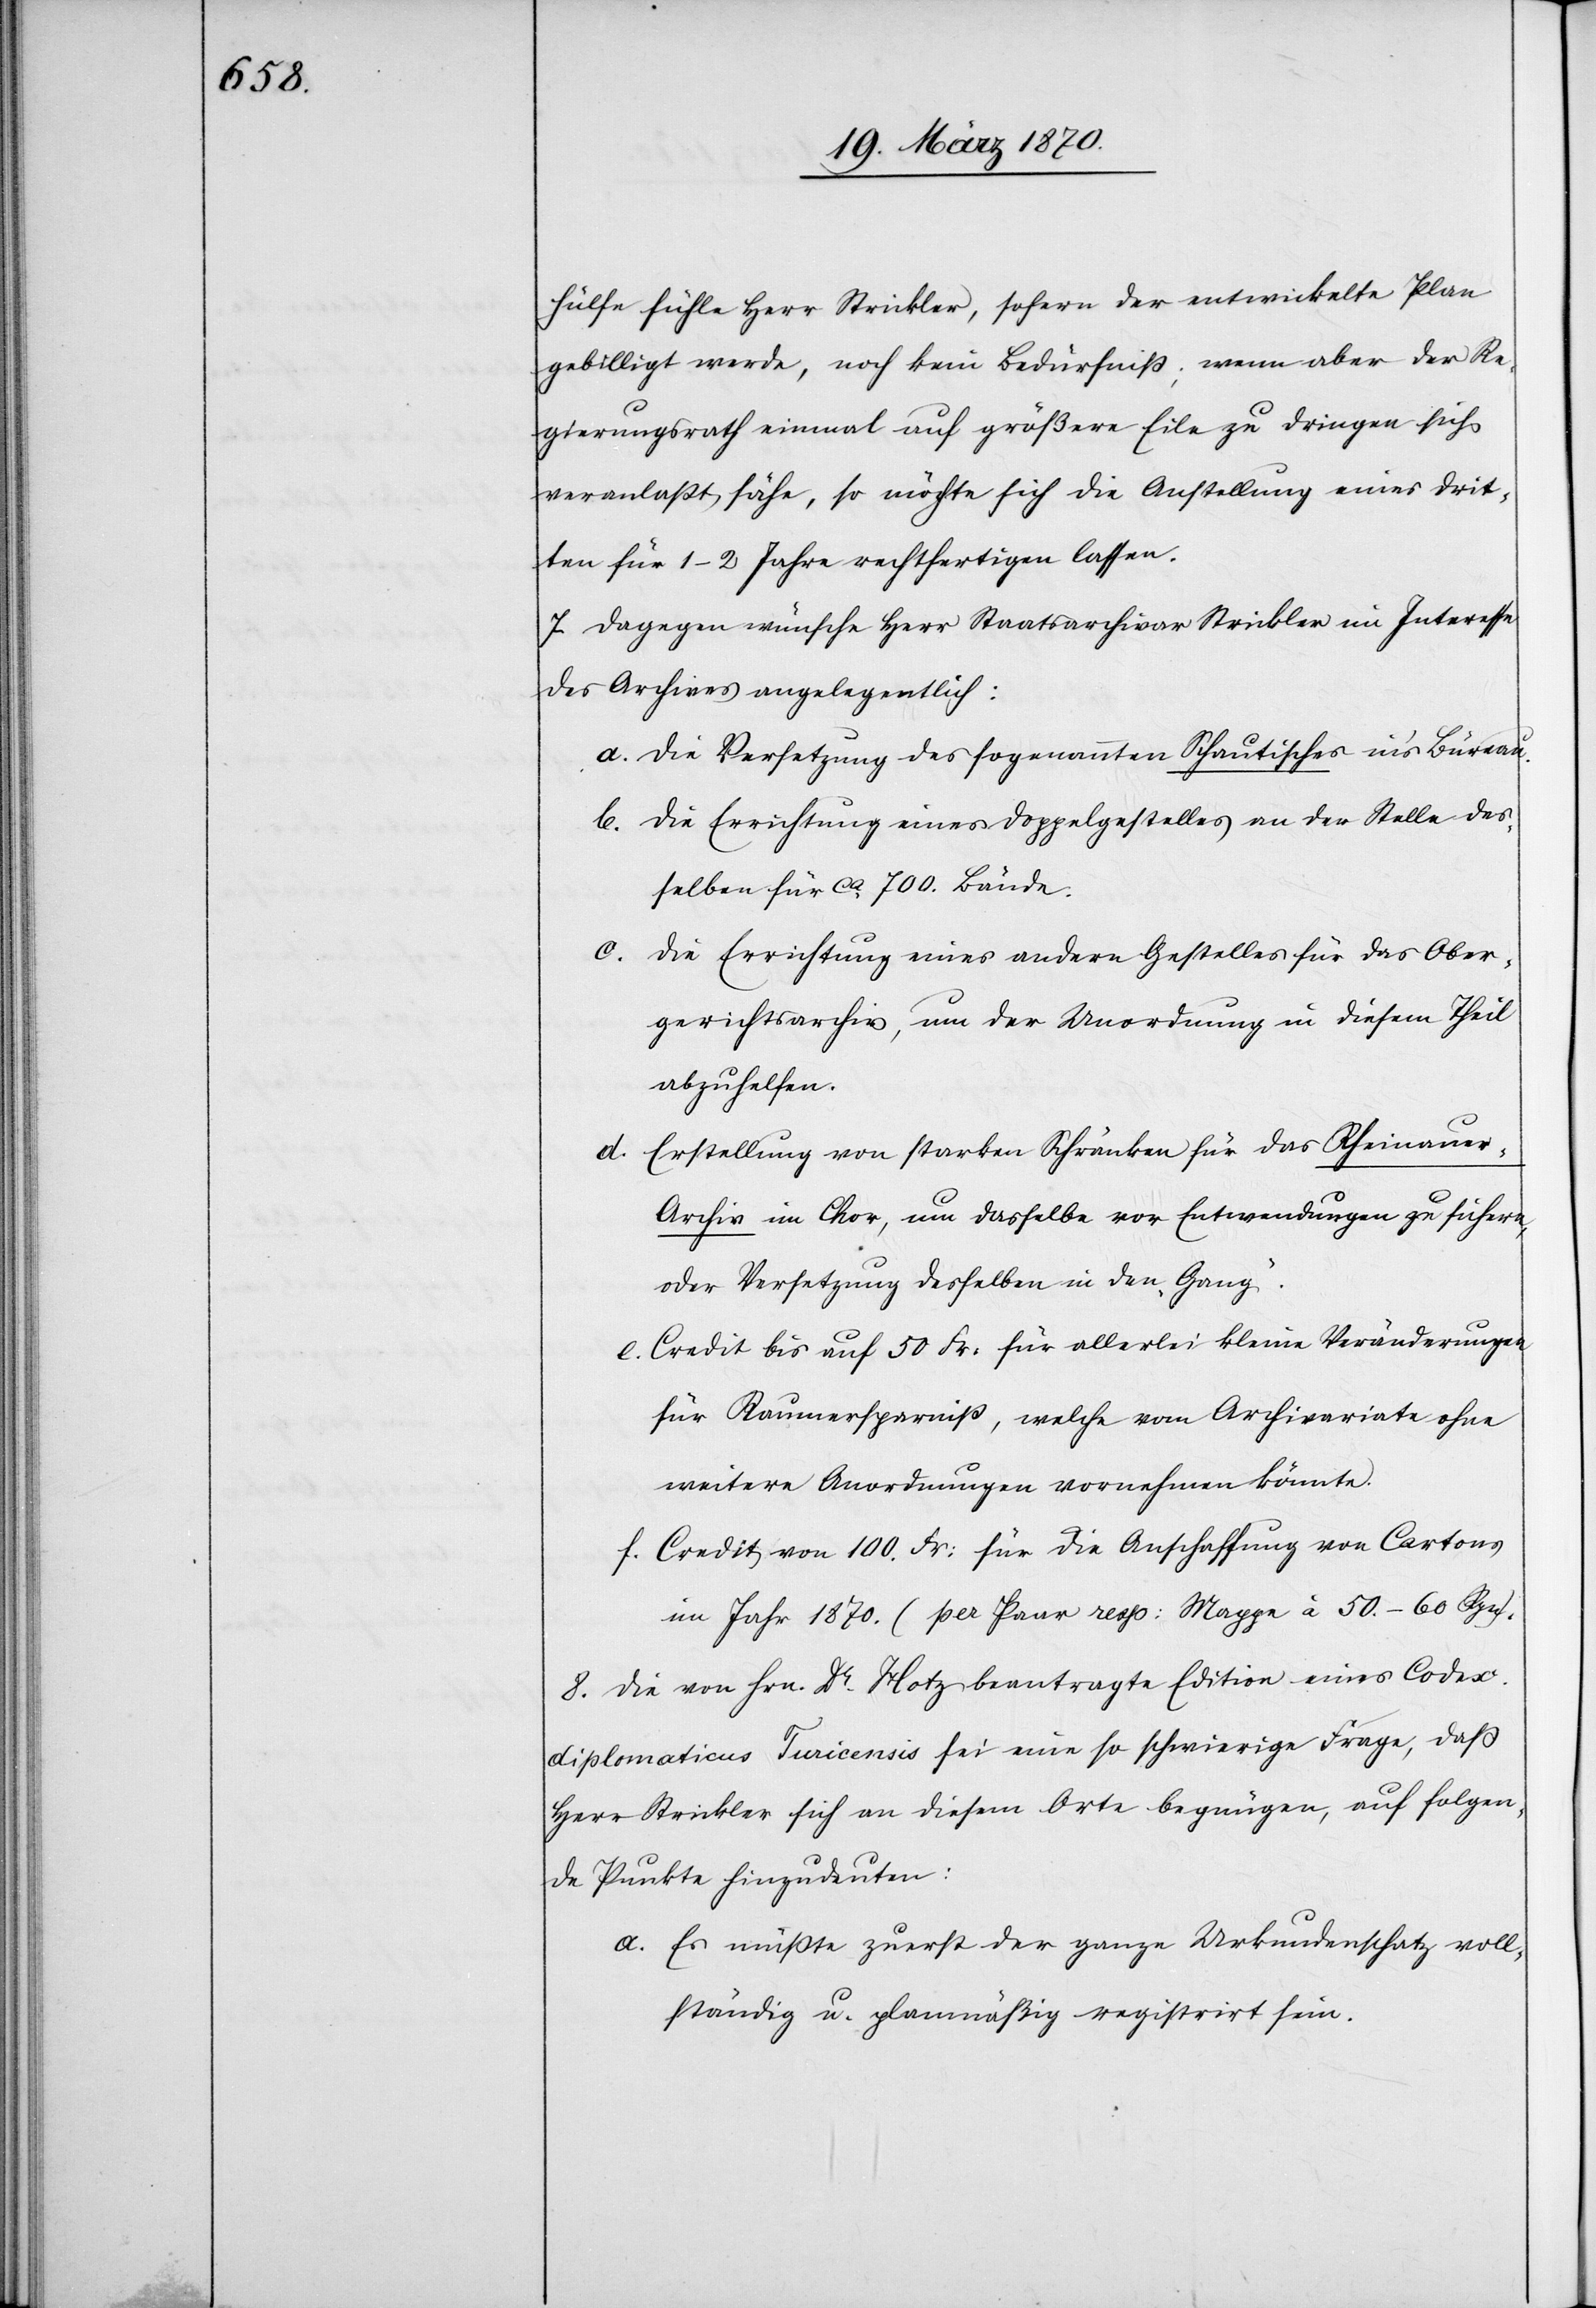
hülfe fühle Herr Strickler, sofern der entwickelte Plan
gebilligt werde, noch kein Bedürfniß; wenn aber der Re¬
gierungsrath einmal auf größere Eile zu dringen sich
veranlaßt sähe, so möchte sich die Anstellung eines Drit¬
ten für 1–2 Jahre rechtfertigen lassen.
7. Dagegen wünsche Herr Staatsarchivar Strickler im Interesse
des Archives angelegentlich:
a. Die Versetzung des sogenannten Schautisches in’s Büreau.
b. Die Errichtung eines Doppelgestelles an der Stelle des¬
selben für ca. 700. Bände.
c.
Die Errichtung eines andern Gestelles für das Ober¬
gerichtsarchiv, um der Unordnung in diesem Theil
abzuhelfen.
d. Erstellung von starken Schränken für das Rheinaue¬
r-Archiv im Chor, um dasselbe vor Entwendungen zu sichern,
oder Versetzung desselben in den „Gang“.
e. Credit bis auf 50 Fr: für allerlei kleine Veränderungen
für Raumersparniß, welche vom [recte: das]
weitere Anordnungen vornehmen könnte.
f. Credit von 100. Fr: für die Anschaffung von Cartons
im Jahr 1870. (per Paar resp: Mappe à 50.–60 Rpn).
8. Die von Hrn. Dr. Hotz beantragte Edition eines Codex
diplomaticus Turicensis sei eine so schwierige Frage, daß
Herr Strickler sich an diesem Orte begnüge, auf folgen¬
de Punkte hinzudeuten:
a. Es müßte zuerst der ganze Urkundenschatz voll¬
ständig u. planmäßig registrirt sein.